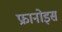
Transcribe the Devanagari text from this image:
फ्रानोइस